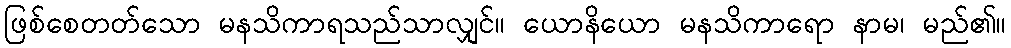
ဖြစ်စေတတ်သော မနသိကာရသည်သာလျှင်။ ယောနိယော မနသိကာရော နာမ၊ မည်၏။